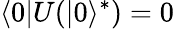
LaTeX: \langle 0|U(|0\rangle^{*})=0